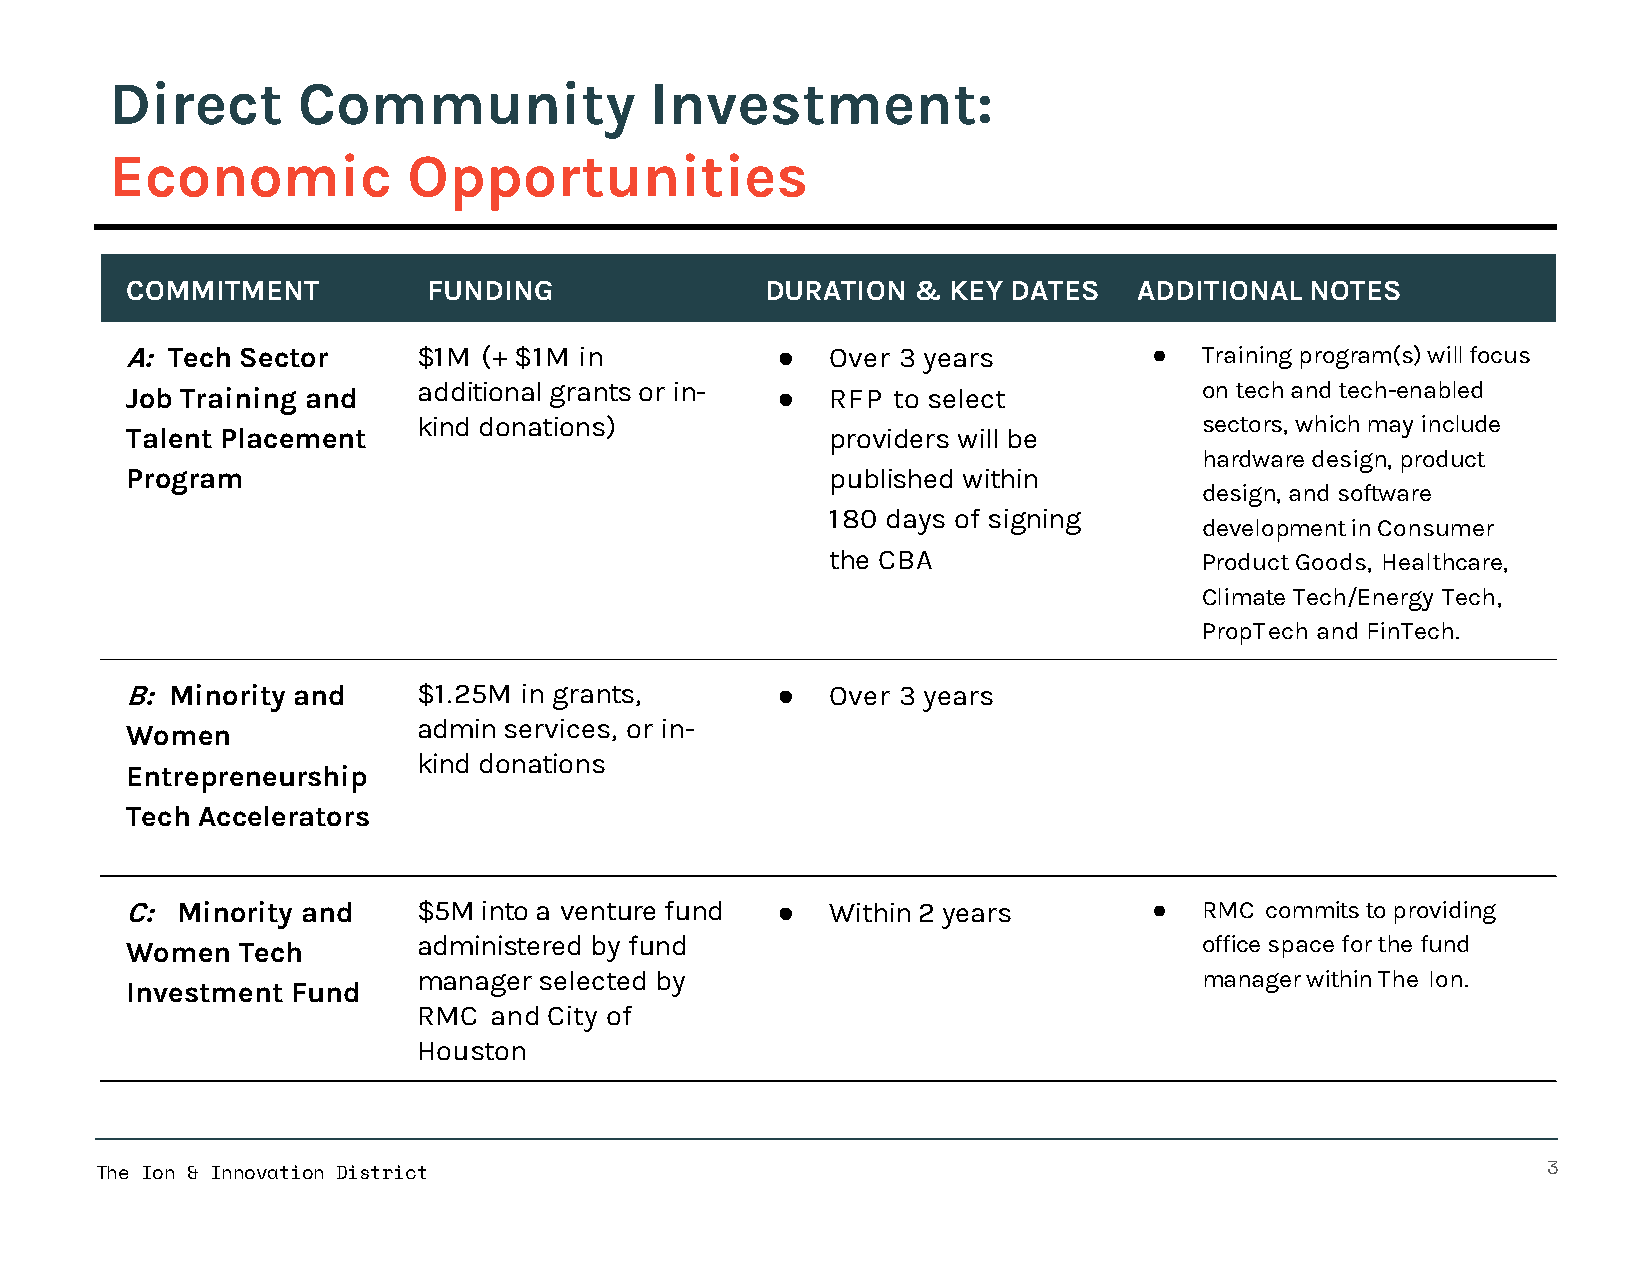
Direct       Community              Investment:
 Economic            Opportunities
 COMMITMENT          FUNDING                DURATION &  KEY DATES   ADDITIONAL  NOTES
 A: Tech Sector      $1M (+ $1M in          ●   Over 3 years         ●   Training program(s) will focus
 Job Training and    additional grants or in- ● RFP to select            on tech and tech-enabled
 kind donations)                                     sectors, which may include
 Talent Placement                               providers will be
 hardware design, product
 Program                                        published within
 design, and software
 180 days of signing
 development in Consumer
 the CBA                  Product Goods, Healthcare,
 Climate Tech/Energy Tech,
 PropTech and FinTech.
 B: Minority and     $1.25M in grants,      ●   Over 3 years
 admin services, or in-
 Women
 kind donations
 Entrepreneurship
 Tech Accelerators
 C:  Minority and    $5M into a venture fund ●  Within 2 years       ●   RMC commits to providing
 administered by fund                                office space for the fund
 Women   Tech
 manager selected by                                 manager within The Ion.
 Investment Fund
 RMC and City of
 Houston
 The Ion & Innovation District                                                                   3